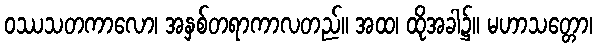
ဝဿသတကာလော၊ အနှစ်တရာကာလတည်။ အထ၊ ထိုအခါ၌။ မဟာသတ္တော၊